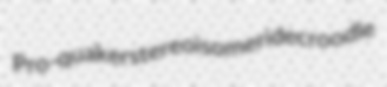
Pro-quaker stereoisomeride croodle